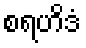
စရဟိဒံ